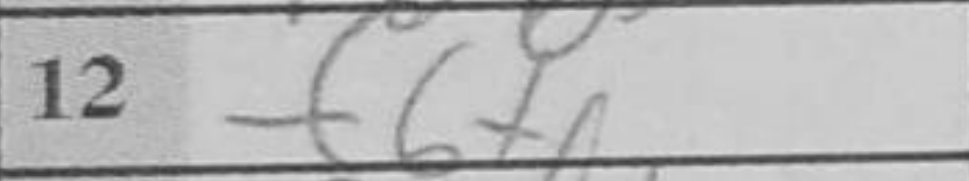
Transcription: f6+